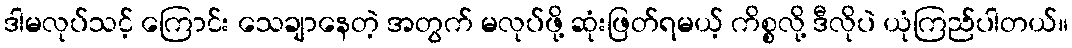
ဒါမလုပ်သင့် ကြောင်း သေချာနေတဲ့ အတွက် မလုပ်ဖို့ ဆုံးဖြတ်ရမယ့် ကိစ္စလို့ ဒီလိုပဲ ယုံကြည်ပါတယ်။